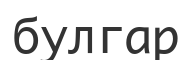
булгар